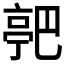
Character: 𬽗